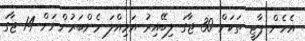
އެހެން ޕާޓީ ތަކަށް 30 ޖާގަ ލިބޭއިރު އަމިއްލަ މެންބަރުންނަށް 14 ޖާގަ